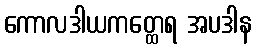
ကောလဒါယကတ္ထေရ အပဒါန